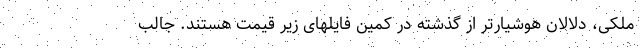
ملکی، دلالان هوشیارتر از گذشته در کمین فایلهای زیر قیمت هستند. جالب